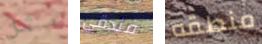
مثل فندقي منطقه